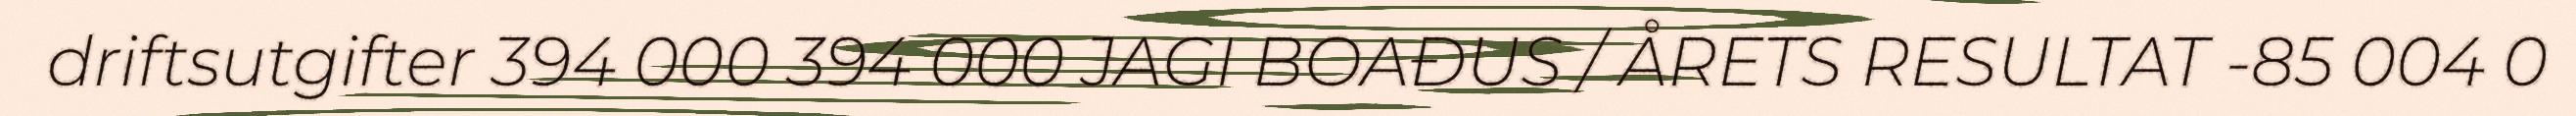
driftsutgifter 394 000 394 000 JAGI BOAĐUS / ÅRETS RESULTAT -85 004 0